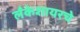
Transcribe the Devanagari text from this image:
लँकेशायरचे